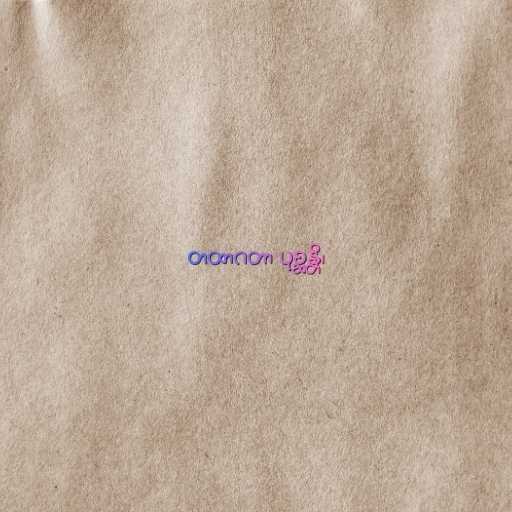
တထာဂတာ ပုစ္ဆန္တိ၊